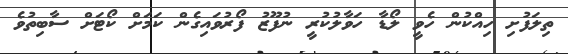
ތިލަފުށި ހިއްކުން ހެވީ ލޯޑާ ހަވާލުކުރީ ނުފޫޒު ފޯރުވައިގެން ކަމަށް ކޯޓަށް ސާބިތުވެ